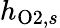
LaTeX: h_{\mathrm{O2},s}